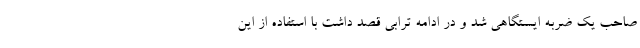
صاحب یک ضربه ایستگاهی شد و در ادامه ترابی قصد داشت با استفاده از این